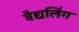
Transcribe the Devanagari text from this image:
वैद्यलिंग